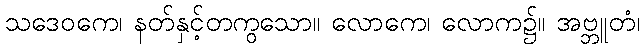
သဒေဝကေ၊ နတ်နှင့်တကွသော။ လောကေ၊ လောက၌။ အဗ္ဘူတံ၊